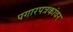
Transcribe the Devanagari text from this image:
पगारपत्रकांवर